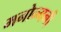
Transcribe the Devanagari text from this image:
मनोन्मनी